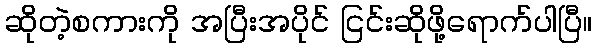
ဆိုတဲ့စကားကို အပြီးအပိုင် ငြင်းဆိုဖို့ရောက်ပါပြီ။